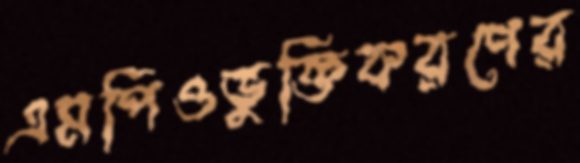
এমপিওভুক্তিকরণের